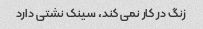
زنگ در کار نمی کند، سینک نشتی دارد